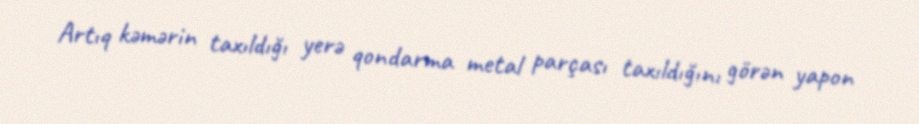
Artıq kəmərin taxıldığı yerə qondarma metal parçası taxıldığını görən yapon